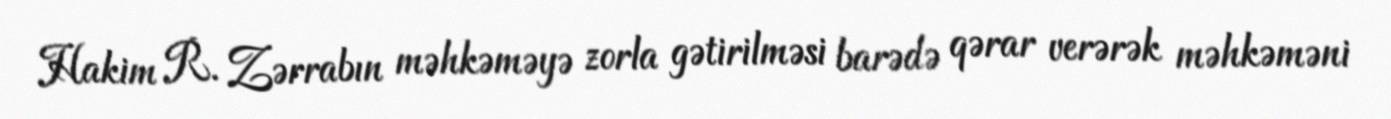
Hakim R. Zərrabın məhkəməyə zorla gətirilməsi barədə qərar verərək məhkəməni